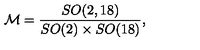
{ \cal M } = { \frac { S O ( 2 , 1 8 ) } { S O ( 2 ) \times S O ( 1 8 ) } } ,